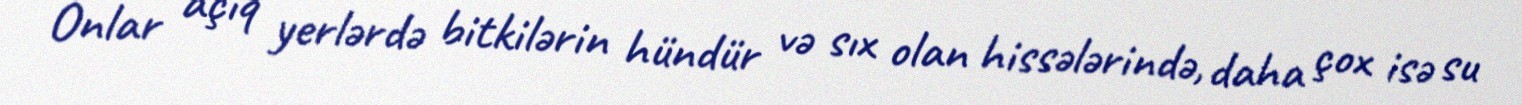
Onlar açıq yerlərdə bitkilərin hündür və sıx olan hissələrində, daha çox isə su